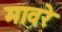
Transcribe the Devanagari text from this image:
मावरे